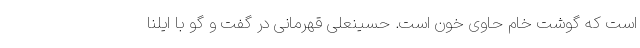
است که گوشت خام حاوى خون است. حسینعلی قهرمانی در گفت و گو با ایلنا